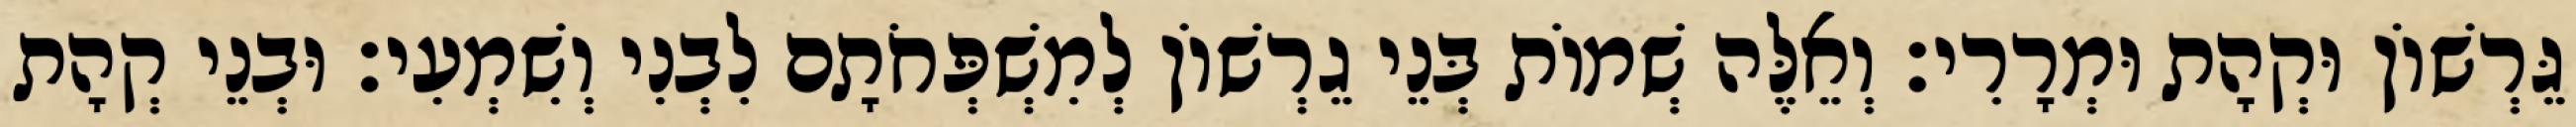
גֵּרְשׁוֹן וּקְהָת וּמְרָרִי׃ וְאֵלֶּה שְׁמוֹת בְּנֵי גֵרְשׁוֹן לְמִשְׁפְּחֹתָם לִבְנִי וְשִׁמְעִי׃ וּבְנֵי קְהָת